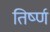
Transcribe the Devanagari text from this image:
तिर्ष्ण